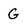
Character: G